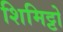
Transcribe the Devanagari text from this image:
शिमिट्टो